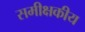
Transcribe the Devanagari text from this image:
समीक्षकीय